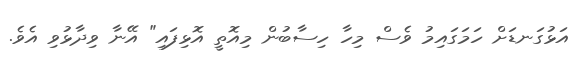
އަޅުގަނޑަށް ހަމަގައިމު ވެސް މިހާ ހިސާބުން މިއޮތީ އޮޅިފައި" އޭނާ ވިދާޅުވި އެވެ.